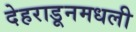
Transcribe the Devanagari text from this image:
देहराडूनमधली